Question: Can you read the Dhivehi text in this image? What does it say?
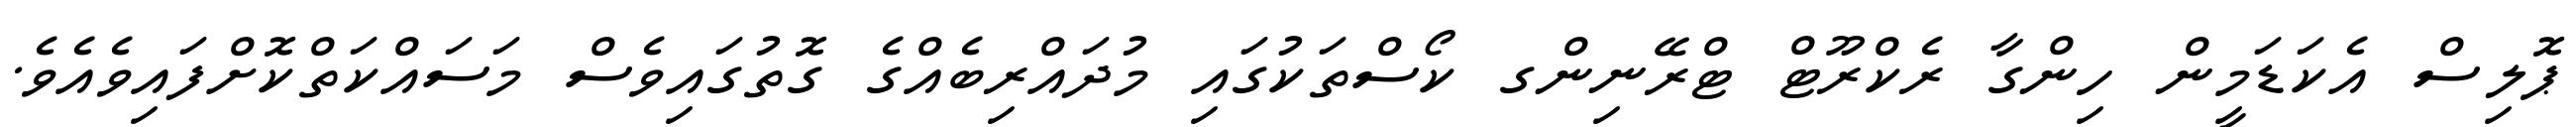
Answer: ޕޮލިސް އެކަޑަމީން ހިންގާ ރެކްރޫޓް ޓްރޭނިންގ ކޯސްތަކުގައި މުދައްރިބެއްގެ ގޮތުގައިވެސް މަސައްކަތްކޮށްފައިވެއެވެ.